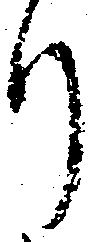
り